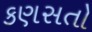
કણસતો